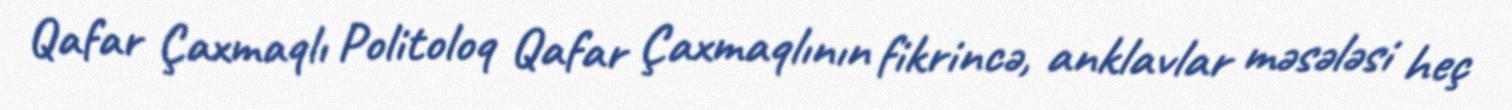
Qafar Çaxmaqlı Politoloq Qafar Çaxmaqlının fikrincə, anklavlar məsələsi heç